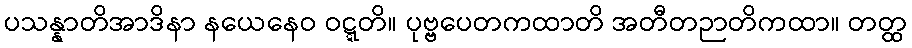
ပသန္နာတိအာဒိနာ နယေနေဝ ဝဋ္ဋတိ။ ပုဗ္ဗပေတကထာတိ အတီတဉာတိကထာ။ တတ္ထ